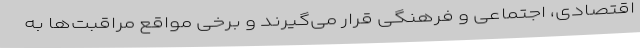
اقتصادی، اجتماعی و فرهنگی قرار می‌گیرند و برخی مواقع مراقبت‌ها به